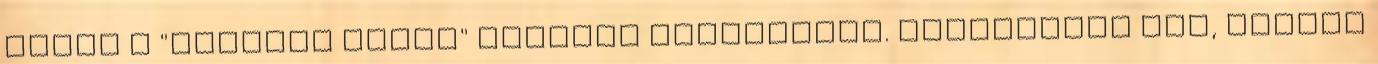
kezén a "Mocskos lilák" felirat díszelgett. Kevesebbet sír, többet